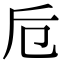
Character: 卮